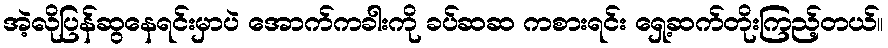
အဲ့လိုပြန်ဆွနေရင်းမှာပဲ အောက်ကခါးကို ခပ်ဆဆ ကစားရင်း ရှေ့ဆက်တိုးကြည့်တယ်။